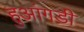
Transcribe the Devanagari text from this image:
हुआंगडी